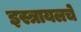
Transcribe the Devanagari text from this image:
इस्त्रायलचे